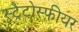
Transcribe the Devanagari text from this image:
स्ट्रैटोस्फ़ीयर